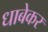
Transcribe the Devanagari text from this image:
धाबेकर